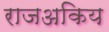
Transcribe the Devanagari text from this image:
राजअकिय